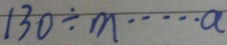
1 3 0 \div m \cdots a